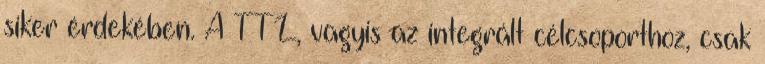
siker érdekében. A TTL, vagyis az integrált célcsoporthoz, csak